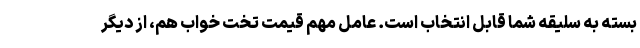
بسته به سلیقه شما قابل انتخاب است. عامل مهم قیمت تخت خواب هم، از دیگر